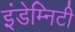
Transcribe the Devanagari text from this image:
इंडेम्निटी